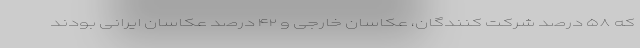
که ۵۸ درصد شرکت کنندگان، عکاسان خارجی و ۴۲ درصد عکاسان ایرانی بودند